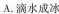
A.滴水成冰